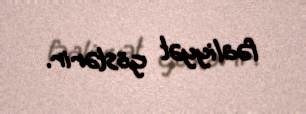
fəaliyyət göstərir.